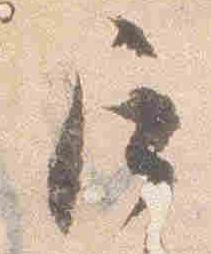
局